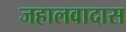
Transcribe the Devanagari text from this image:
जहालवादास